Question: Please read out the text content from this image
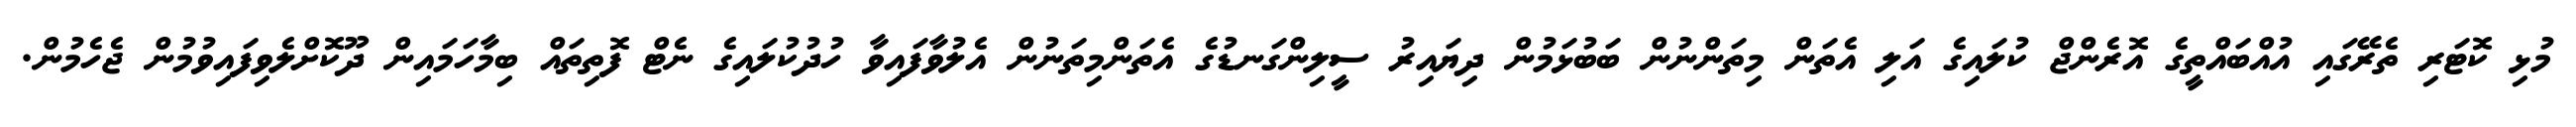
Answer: މުޅި ކޮޓަރި ތެރޭގައި އުއްބައްތީގެ އޮރެންޖް ކުލައިގެ އަލި އެތަން މިތަންނުން ބަބުޅަމުން ދިޔައިރު ސީލިންގަނޑުގެ އެތަންމިތަނުން އެލުވާފައިވާ ހުދުކުލައިގެ ނެޓް ފޮތިތައް ބިމާހަމައިން ދޫކޮށްލެވިފައިވުމުން ޖެހެމުން.